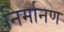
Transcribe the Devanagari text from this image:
निर्मानण